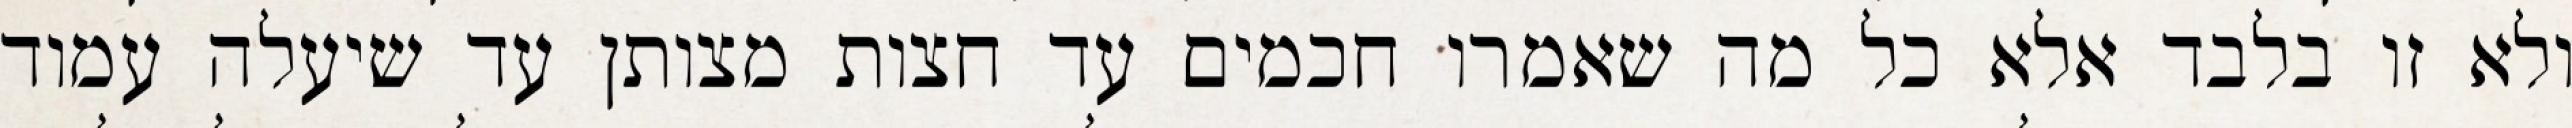
ולא זו בלבד אלא כל מה שאמרו חכמים עד חצות מצותן עד שיעלה עמוד